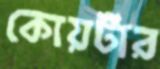
কোয়র্টার